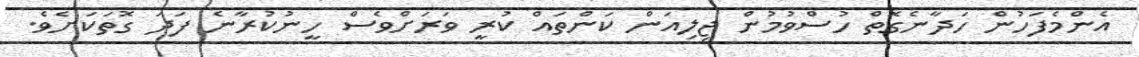
އެންމެފަހުން ހަދާނެގޮތް ހުސްވުމުން ޖިލިއަން ކަންތައް ކުރީ ވަރަށްވެސް ހީނުކުރާނެ ފަދަ ގޮތަކަށެވެ.